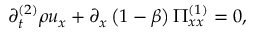
\partial _ { t } ^ { ( 2 ) } \rho u _ { x } + \partial _ { x } \left( 1 - \beta \right) \Pi _ { x x } ^ { ( 1 ) } = 0 ,